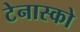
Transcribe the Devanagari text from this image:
टेनास्को